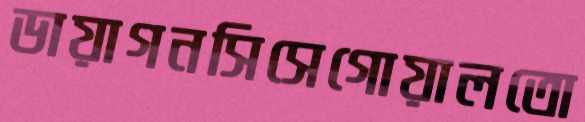
ডায়াগনসিসেগোয়ালতো